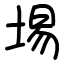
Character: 埸